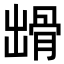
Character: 𩨳